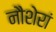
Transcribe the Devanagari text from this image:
नौशेरां